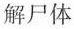
解尸体